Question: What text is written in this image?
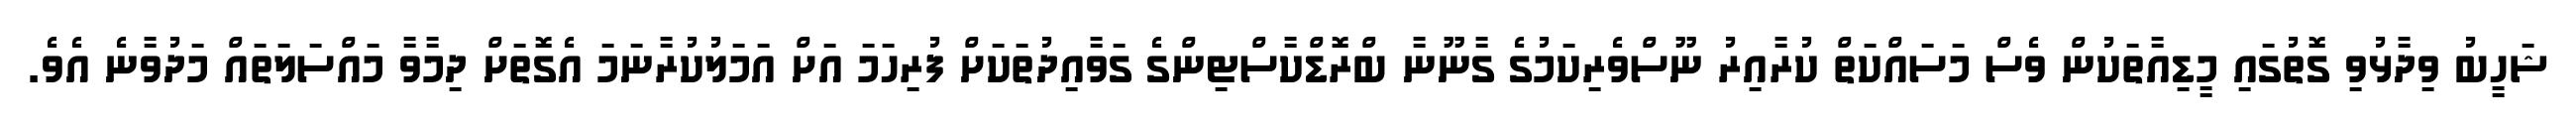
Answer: ޝަހީބު ވިދާޅުވި ގޮތުގައި މީޑިއާތަކުން ވެސް މަސައްކަތް ކުރާއިރު ނޫސްވެރިކަމުގެ ގާނޫނާ ބްރޮޑްކާސްޓިންގެ ގަވާއިދުތަކަށް ފުރިހަމަ އަށް އަމަލުކުރާނަމަ އެގޮތަށް ދިމާވާ މައްސަލަތައް މަދުވާނެ އެވެ.